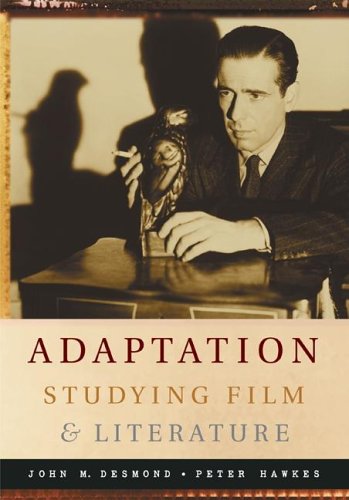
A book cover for Adaptation:  Studying Film and Literature; John Desmond; Humor & Entertainment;